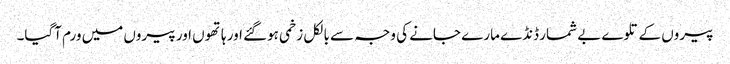
پیروں کے تلوے بے شمار ڈنڈے مارے جانے کی وجہ سے بالکل زخمی ہوگئے اور ہاتھوں اور پیروں میں ورم آگیا۔